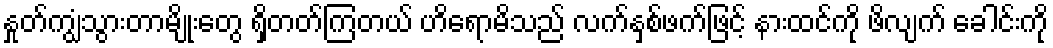
နှုတ်ကျွံသွားတာမျိုးတွေ ရှိတတ်ကြတယ် ဟိရောမိသည် လက်နှစ်ဖက်ဖြင့် နားထင်ကို ဖိလျက် ခေါင်းကို